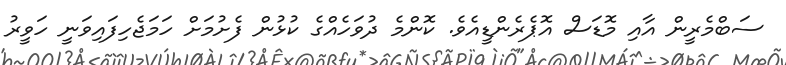
ސަބްމެރީން އާއި މޮޑަސް އޮޕެރެންޑީއެވެ. ކޮންމެ ދުވަހެއްގެ ކުޅުން ފެށުމަށް ހަމަޖެހިފައިވަނީ ހަވީރު